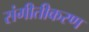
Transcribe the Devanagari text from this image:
संगीतीकरण